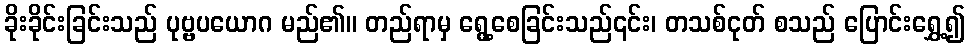
ခိုးခိုင်းခြင်းသည် ပုဗ္ဗပယောဂ မည်၏။ တည်ရာမှ ရွေ့စေခြင်းသည်၎င်း၊ တသစ်ငုတ် စသည် ပြောင်းရွှေ့၍